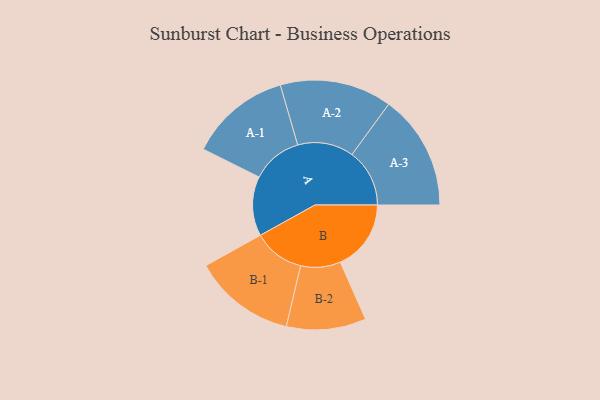
{"axis": {"x": "Segment", "y": "Value"}, "legend": ["", "A", "B"], "data": [{"x": "A", "y": 290, "type": ""}, {"x": "B", "y": 345, "type": ""}, {"x": "A-1", "y": 247, "type": "A"}, {"x": "A-2", "y": 273, "type": "A"}, {"x": "A-3", "y": 281, "type": "A"}, {"x": "B-1", "y": 249, "type": "B"}, {"x": "B-2", "y": 194, "type": "B"}]}